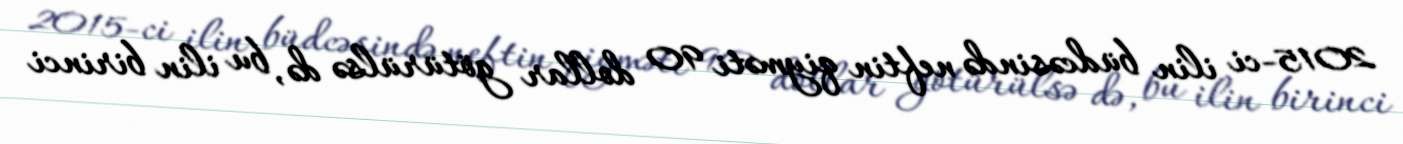
2015-ci ilin büdcəsində neftin qiyməti 90 dollar götürülsə də, bu ilin birinci